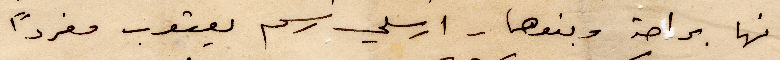
انها براحة وبنوها - ارسلي رسم يعقوب مفردًا